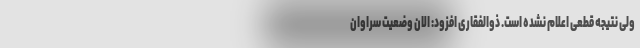
ولی نتیجه قطعی اعلام نشده است. ذوالفقاری افزود: الان وضعیت سراوان